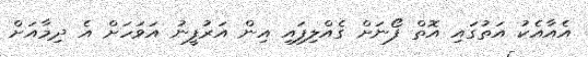
އެއާއެކު އަތުގައި އޮތް ފޯނަށް ގެއްލިފައި އިން އަރުފީނު އަވަހަށް އެ ދިމާއަށް